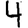
Digit: 4